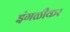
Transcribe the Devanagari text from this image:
इंगळीकर